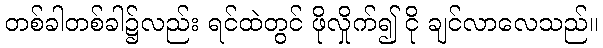
တစ်ခါတစ်ခါ၌လည်း ရင်ထဲတွင် ဖိုလှိုက်၍ ငို ချင်လာလေသည်။